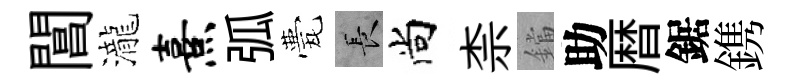
閶瀧熹弧甍长尚柰鐺助暦鋸鎸